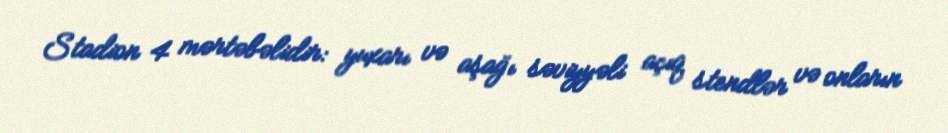
Stadion 4 mərtəbəlidir: yuxarı və aşağı səviyyəli açıq stendlər və onların